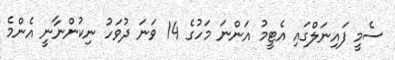
ސެމީ ފައިނަލްގައި އެޓީމު އަންނަ މަހުގެ 14 ވަނަ ދުވަހު ނިކުންނާނީ އެންމެ